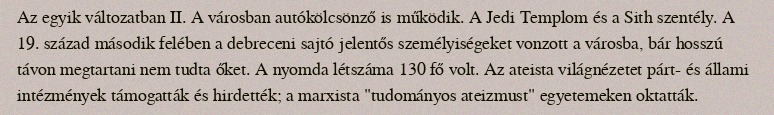
Az egyik változatban II. A városban autókölcsönző is működik. A Jedi Templom és a Sith szentély. A 19. század második felében a debreceni sajtó jelentős személyiségeket vonzott a városba, bár hosszú távon megtartani nem tudta őket. A nyomda létszáma 130 fő volt. Az ateista világnézetet párt- és állami intézmények támogatták és hirdették; a marxista "tudományos ateizmust" egyetemeken oktatták.